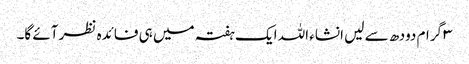
۳ گرام دودھ سے لیں انشاء اللہ ایک ہفتہ میں ہی فائدہ نظر آئے گا۔